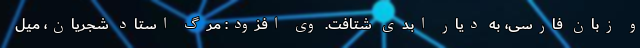
و زبان فارسی، به دیار ابدی شتافت. وی افزود: مرگ استاد شجریان، میل